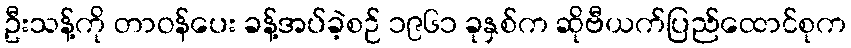
ဦးသန့်ကို တာဝန်ပေး ခန့်အပ်ခဲ့စဉ် ၁၉၆၁ ခုနှစ်က ဆိုဗီယက်ပြည်ထောင်စုက